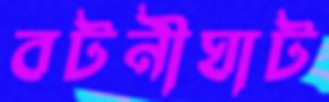
বটনীঘাট